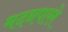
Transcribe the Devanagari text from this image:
मदनपल्ले